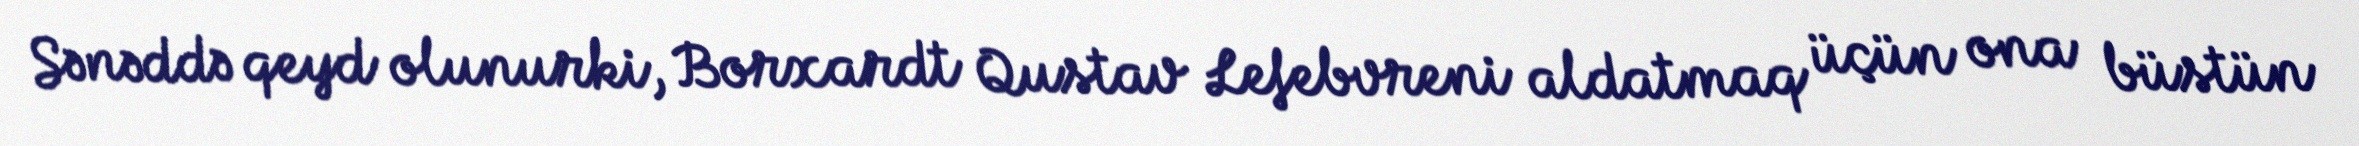
Sənəddə qeyd olunurki, Borxardt Qustav Lefebvreni aldatmaq üçün ona büstün